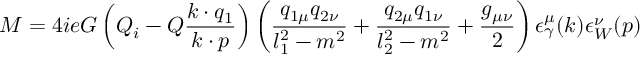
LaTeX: { \cal M } = 4 i e G \left( Q _ { i } - Q \frac { k \cdot q _ { 1 } } { k \cdot p } \right) \left( \frac { q _ { 1 \mu } q _ { 2 \nu } } { l _ { 1 } ^ { 2 } - m ^ { 2 } } + \frac { q _ { 2 \mu } q _ { 1 \nu } } { l _ { 2 } ^ { 2 } - m ^ { 2 } } + \frac { g _ { \mu \nu } } { 2 } \right) \epsilon _ { \gamma } ^ { \mu } ( k ) \epsilon _ { W } ^ { \nu } ( p )